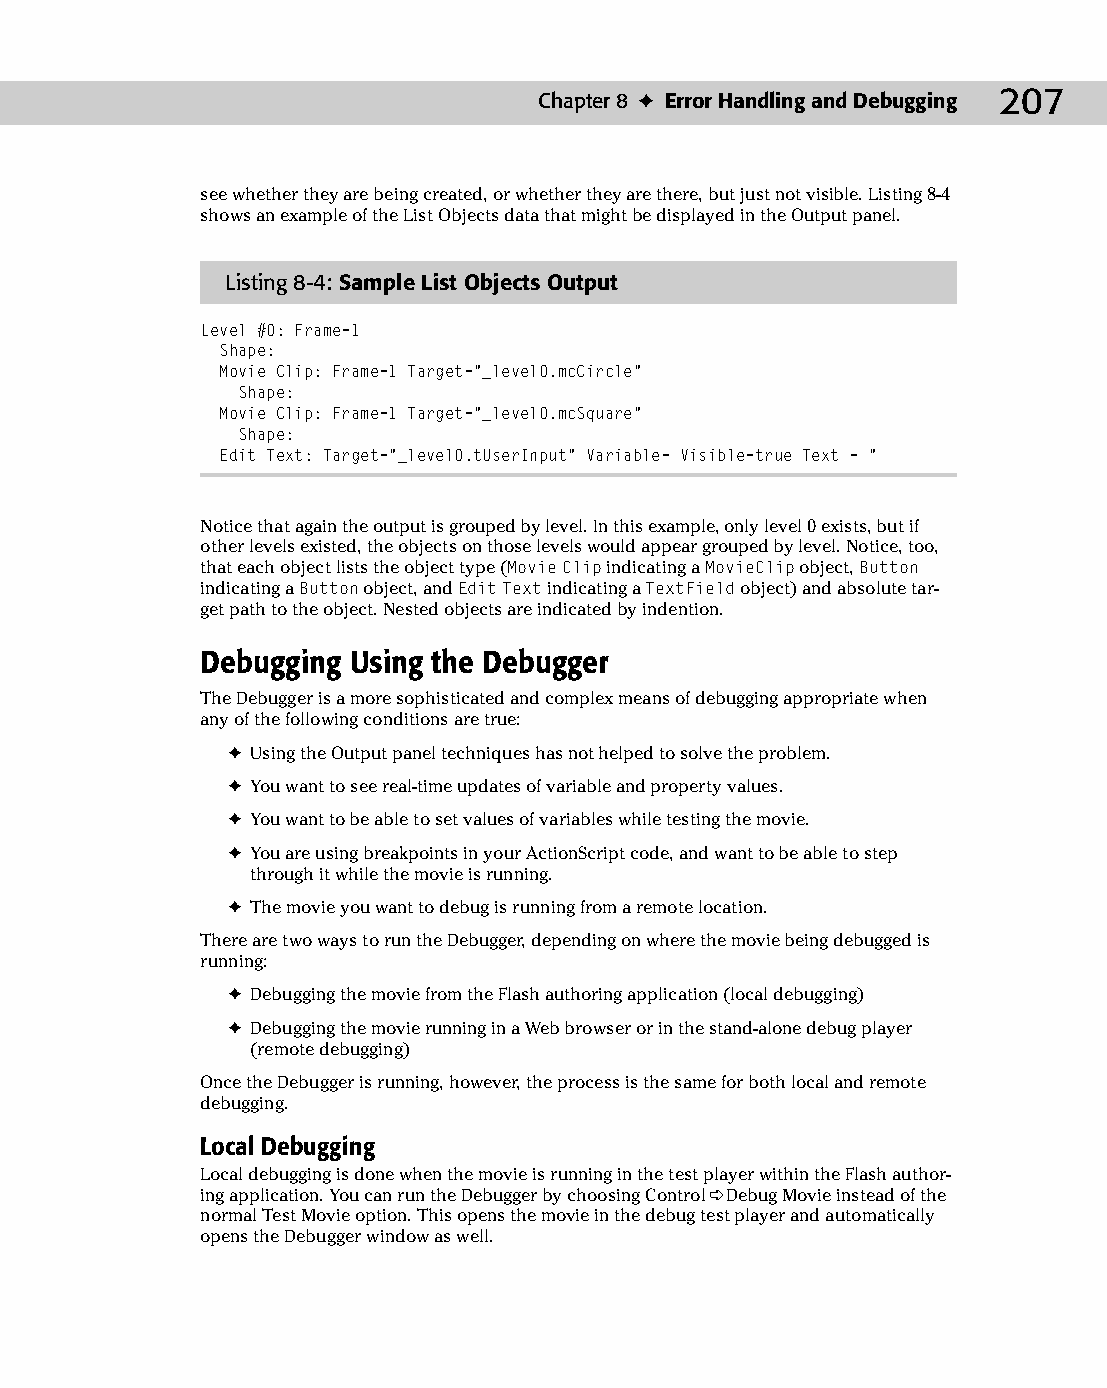
11 543547 ch08.qxd 3/24/04 3:49 PM Page 207
 Chapter 8 ✦ Error Handling and Debugging 207
 see whether they are being created, or whether they are there, but just not visible. Listing 8-4
 shows an example of the List Objects data that might be displayed in the Output panel.
 Listing 8-4: Sample List Objects Output
 Level #0: Frame=1
 Shape:
 Movie Clip: Frame=1 Target=”_level0.mcCircle”
 Shape:
 Movie Clip: Frame=1 Target=”_level0.mcSquare”
 Shape:
 Edit Text: Target=”_level0.tUserInput” Variable= Visible=true Text = “
 Notice that again the output is grouped by level. In this example, only level 0 exists, but if
 other levels existed, the objects on those levels would appear grouped by level. Notice, too,
 that each object lists the object type (Movie Clip indicating a MovieClip object, Button
 indicating a Button object, and Edit Text indicating a TextField object) and absolute tar­
 get path to the object. Nested objects are indicated by indention.
 Debugging Using the Debugger
 The Debugger is a more sophisticated and complex means of debugging appropriate when
 any of the following conditions are true:
 ✦ Using the Output panel techniques has not helped to solve the problem.
 ✦ You want to see real-time updates of variable and property values.
 ✦ You want to be able to set values of variables while testing the movie.
 ✦ You are using breakpoints in your ActionScript code, and want to be able to step
 through it while the movie is running.
 ✦ The movie you want to debug is running from a remote location.
 There are two ways to run the Debugger, depending on where the movie being debugged is
 running:
 ✦ Debugging the movie from the Flash authoring application (local debugging)
 ✦ Debugging the movie running in a Web browser or in the stand-alone debug player
 (remote debugging)
 Once the Debugger is running, however, the process is the same for both local and remote
 debugging.
 Local Debugging
 Local debugging is done when the movie is running in the test player within the Flash author­
 ing application. You can run the Debugger by choosing Control ➪ Debug Movie instead of the
 normal Test Movie option. This opens the movie in the debug test player and automatically
 opens the Debugger window as well.